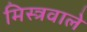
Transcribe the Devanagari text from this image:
मिस्त्रवाले